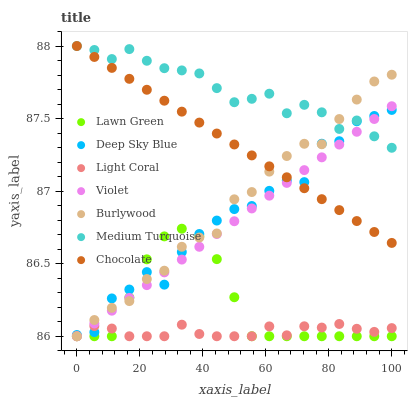
| xaxis_label | Lawn Green | Deep Sky Blue | Light Coral | Violet | Burlywood | Medium Turquoise | Chocolate |
 | --- | --- | --- | --- | --- | --- | --- | --- |
 | 0 | 86 | 86 | 86 | 86 | 86 | 88 | 88 |
 | 5.56 | 86 | 86 | 86.1 | 86.1 | 86.1 | 88 | 87.9 |
 | 11.1 | 86 | 86.3 | 86.1 | 86.2 | 86.2 | 87.9 | 87.8 |
 | 16.7 | 86.3 | 86.3 | 86 | 86.3 | 86.2 | 88 | 87.8 |
 | 22.2 | 86.5 | 86.4 | 86 | 86.4 | 86.4 | 87.9 | 87.7 |
 | 27.8 | 86.7 | 86.4 | 86 | 86.4 | 86.5 | 87.8 | 87.6 |
 | 33.3 | 86.7 | 86.6 | 86.1 | 86.5 | 86.6 | 87.8 | 87.5 |
 | 38.9 | 86.7 | 86.7 | 86 | 86.6 | 86.7 | 87.8 | 87.5 |
 | 44.4 | 86.5 | 86.8 | 86 | 86.7 | 86.7 | 87.7 | 87.4 |
 | 50 | 86.3 | 86.9 | 86 | 86.8 | 86.9 | 87.6 | 87.3 |
 | 55.6 | 86 | 86.9 | 86 | 86.9 | 87 | 87.6 | 87.2 |
 | 61.1 | 86 | 87 | 86.1 | 87 | 87.1 | 87.7 | 87.2 |
 | 66.7 | 86 | 87.1 | 86 | 87.1 | 87.2 | 87.5 | 87.1 |
 | 72.2 | 86 | 87.1 | 86.1 | 87.1 | 87.3 | 87.6 | 87 |
 | 77.8 | 86 | 87.3 | 86.1 | 87.2 | 87.3 | 87.5 | 86.9 |
 | 83.3 | 86 | 87.3 | 86.1 | 87.3 | 87.5 | 87.4 | 86.9 |
 | 88.9 | 86 | 87.5 | 86.1 | 87.4 | 87.6 | 87.5 | 86.8 |
 | 94.4 | 86 | 87.5 | 86 | 87.5 | 87.8 | 87.4 | 86.7 |
 | 100 | 86 | 87.6 | 86.1 | 87.6 | 87.8 | 87.3 | 86.6 |